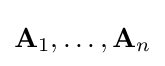
\mathbf {A} _{1},\dots ,\mathbf {A} _{n}